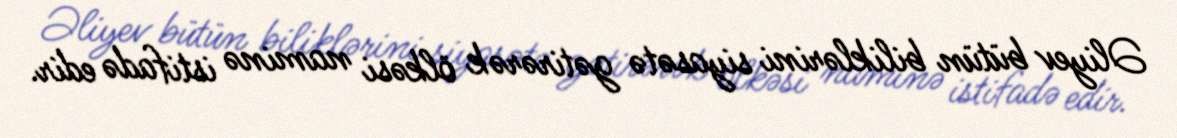
Əliyev bütün biliklərini siyasətə gətirərək ölkəsi naminə istifadə edir.